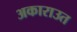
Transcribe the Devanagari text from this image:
अकाराउत